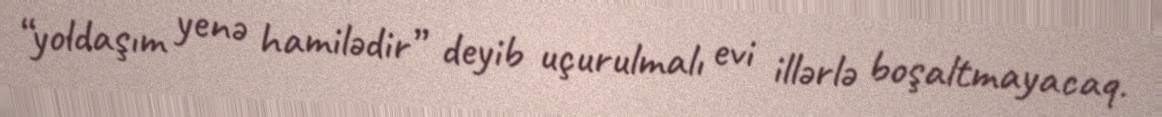
“yoldaşım yenə hamilədir” deyib uçurulmalı evi illərlə boşaltmayacaq.